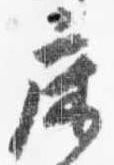
床